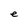
Character: e